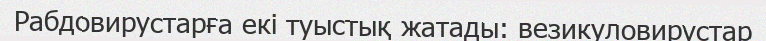
Рабдовирустарға екі туыстық жатады: везикуловирустар